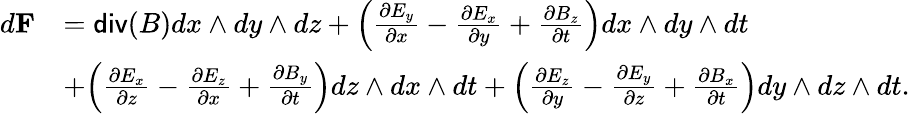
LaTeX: \begin{array}{rl}{d{\mathbf F}}&{=\mathsf{div}(B)dx\wedge dy\wedge dz+\Big(\frac{\partial E_{y}}{\partial x}-\frac{\partial E_{x}}{\partial y}+\frac{\partial B_{z}}{\partial t}\Big)dx\wedge dy\wedge dt}\\ &{+\Big(\frac{\partial E_{x}}{\partial z}-\frac{\partial E_{z}}{\partial x}+\frac{\partial B_{y}}{\partial t}\Big)dz\wedge dx\wedge dt+\Big(\frac{\partial E_{z}}{\partial y}-\frac{\partial E_{y}}{\partial z}+\frac{\partial B_{x}}{\partial t}\Big)dy\wedge dz\wedge dt.}\end{array}